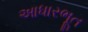
આધારભૂત